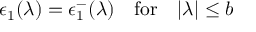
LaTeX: \epsilon _ { 1 } ( \lambda ) = \epsilon _ { 1 } ^ { - } ( \lambda ) \quad \mathrm { f o r } \quad | \lambda | \leq b